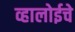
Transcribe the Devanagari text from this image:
व्हालोईचे